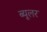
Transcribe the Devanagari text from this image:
ब्यूलर